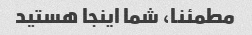
مطمئنا، شما اینجا هستید